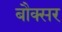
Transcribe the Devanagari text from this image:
बौक्सर